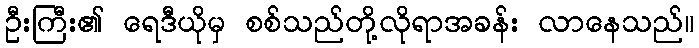
ဦးကြီး၏ ရေဒီယိုမှ စစ်သည်တို့လိုရာအခန်း လာနေသည်။